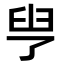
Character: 𦥗